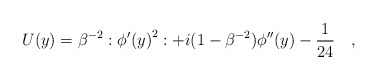
\begin{align*}U(y)=\beta ^{-2}:{\phi ^\prime(y)}^2:+i(1-\beta ^{-2})\phi ^{\prime \prime}(y)-\frac {1}{24} \quad ,\end{align*}